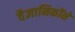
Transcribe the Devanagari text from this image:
वैज्ञानिकोंने